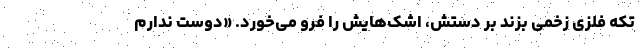
تکه فلزی زخمی بزند بر دستش، اشک‌هایش را فرو ‌می‌خورد. «دوست ندارم